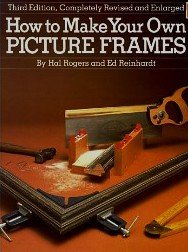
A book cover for How to Make Your Own Picture Frames; Ed Reinhardt; Crafts, Hobbies & Home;